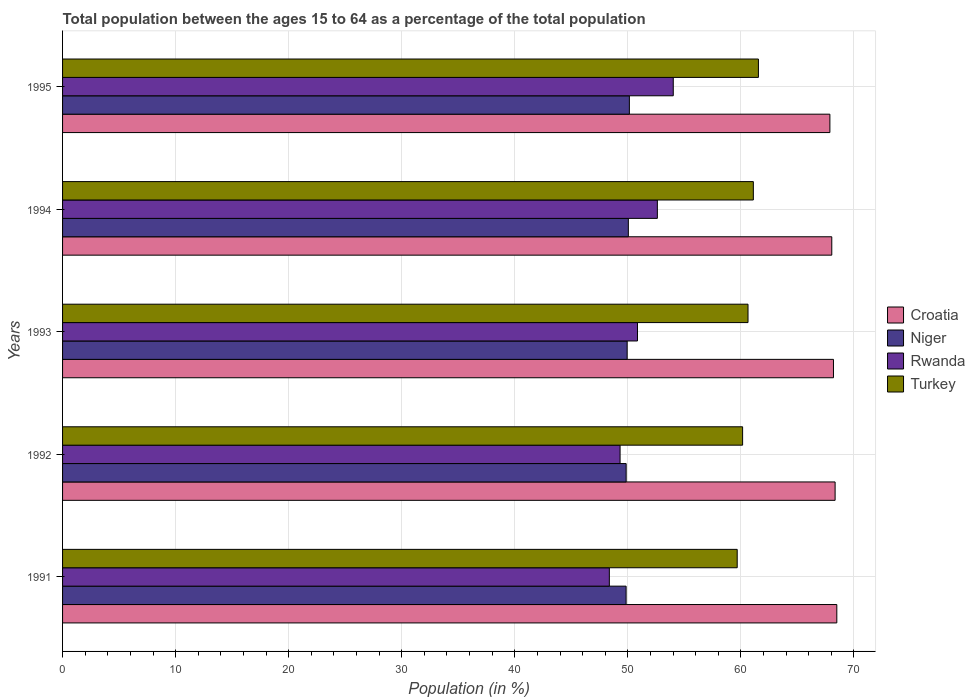
| Years | Croatia | Niger | Rwanda | Turkey |
 | --- | --- | --- | --- | --- |
 | 1991 | 68.5 | 49.8 | 48.4 | 59.7 |
 | 1992 | 68.3 | 49.9 | 49.3 | 60.2 |
 | 1993 | 68.2 | 49.9 | 50.9 | 60.6 |
 | 1994 | 68 | 50 | 52.6 | 61.1 |
 | 1995 | 67.9 | 50.1 | 54 | 61.5 |